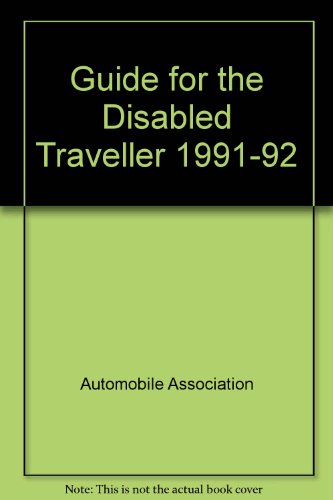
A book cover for Guide for the Disabled Traveller 1991-92; Automobile Association; Travel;